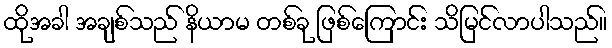
ထိုအခါ အချစ်သည် နိယာမ တစ်ခု ဖြစ်ကြောင်း သိမြင်လာပါသည်။